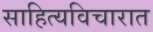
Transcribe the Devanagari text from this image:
साहित्यविचारात